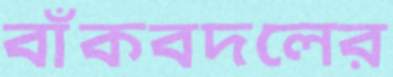
বাঁকবদলের